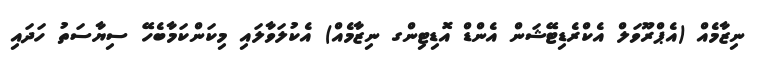
ނިޒާމެއް (އެޕްރޫވަލް އެކްރެޑިޓޭޝަން އެންޑް އޮޑިޓިންގ ނިޒާމެއް) އެކުލަވާލައި މިކަންކަމާބެހޭ ސިޔާސަތު ހަދައި